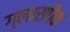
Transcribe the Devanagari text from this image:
ग्लासपैक